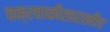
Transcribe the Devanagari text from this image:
चक्रवाकीसारखीच